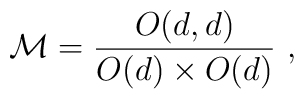
{\cal M}={O(d,d)\over O(d)\times O(d)}\ ,